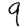
Digit: 9